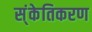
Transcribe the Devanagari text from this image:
स्ंकेतिकरण